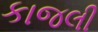
કાજલી